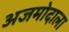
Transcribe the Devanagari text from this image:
अजमोदाला